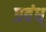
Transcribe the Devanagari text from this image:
प्रबंध्